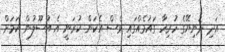
އަދި ދުނިޔޭގެ ހުރިހާ ގައުމެއްގައި ވެސް އެކަން ކުރަނީ އެ އުސޫލުން ކަމަށް